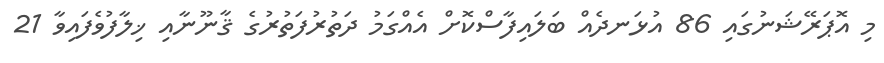
މި އޮޕަރޭޝަނުގައި 86 އުޅަނދެއް ބަލައިފާސްކޮށް އެއްގަމު ދަތުރުފަތުރުގެ ޤާނޫނާއި ޚިލާފުވެފައިވާ 21